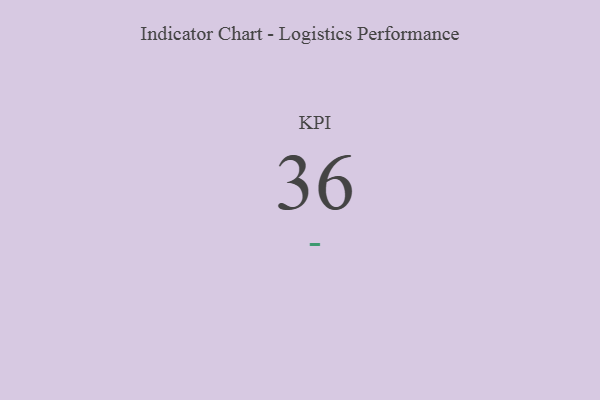
{"axis": {"x": "KPI", "y": "Value"}, "legend": [""], "data": [{"x": "KPI", "y": 36, "type": ""}]}